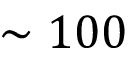
\sim 1 0 0